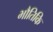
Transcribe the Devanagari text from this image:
भौतिकि